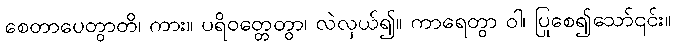
စေတာပေတွာတိ၊ ကား။ ပရိဝတ္တေတွာ၊ လဲလှယ်၍။ ကာရေတွာ ဝါ၊ ပြုစေ၍သော်၎င်း။